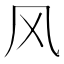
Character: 风